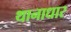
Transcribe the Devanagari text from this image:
थानाधार